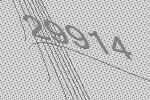
29914